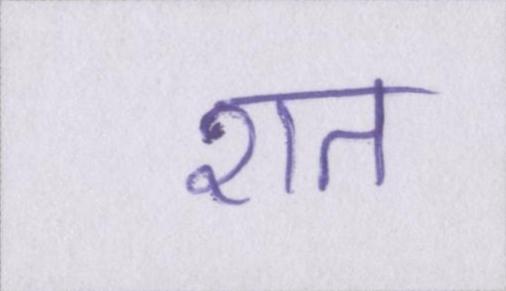
शत